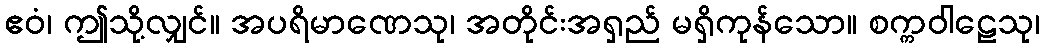
ဧဝံ၊ ဤသို့လျှင်။ အပရိမာဏေသု၊ အတိုင်းအရှည် မရှိကုန်သော။ စက္ကဝါဠေသု၊